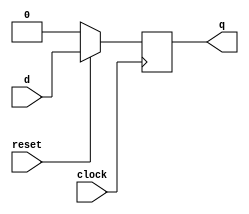
module dff_sync(q, d, clock, reset);

	input d, reset, clock;
	output q;
	reg q;

	always @ (posedge clock)
		begin
			if(!reset) q <= 1'b0;
			else q <= d;
		end

endmodule


module reg_32bit(q,d,clk,reset);
	input [31:0] d;
	input clk, reset;
	output [31:0] q;
	genvar j;
	
	generate for (j=0; j<32;j=j+1) begin: mux_loop

		dff_sync d1(q[j], d[j], clk, reset);

	end
	endgenerate
endmodule

/*
module tb32reg;
	reg [31:0] d;
	reg clk,reset;
	wire [31:0] q;
	
	reg_32bit R(q,d,clk,reset);
	always @(clk)
		#5 clk<=~clk;
		initial
			begin
				$monitor( $time, " d=%b, clk=%b, reset=%b, q=%b", d, clk, reset, q);
				clk= 1'b1;
				reset=1'b0;//reset the register
				#5 reset=1'b1;
				#5 d=32'hAFAFAFAF;
				#5 d=32'hFAFAFAFA;
				#10 d=32'hAFAFAFAF;
				#5 d=32'hFAFAFAFA;
				#50 $finish;
			end
endmodule
*/


module mux4_1(regData,q1,q2,q3,q4,reg_no);
	input q1, q2, q3, q4;
	input [1:0] reg_no;
	output regData;
	wire sel1, sel2, not_sel1, not_sel2, n1, n2, n3, n4, a1, a2, a3, a4, o1, o2;
	assign sel1 = reg_no[1];
	assign sel2 = reg_no[0];
	not (not_sel1, sel1);
	not (not_sel2, sel2);
	and (n1, not_sel1, not_sel2);
	and (n2, not_sel1, sel2);
	and (n3, sel1, not_sel2);
	and (n4, sel1, sel2);
	and (a1, n1, q1);
	and (a2, n2, q2);
	and (a3, n3, q3);
	and (a4, n4, q4);
	or (o1, a1, a2);
	or (o2, a3, a4);
	or (regData, o1, o2);
endmodule



module bit_32_mux4_1 (regData,q1,q2,q3,q4,reg_no);
	input [31:0] q1;
	input [31:0] q2;
	input [31:0] q3;
	input [31:0] q4;
	output [31:0] regData;
	input [1:0] reg_no;
	genvar j;
	
	generate for (j=0; j<32;j=j+1) begin: mux_loop

		mux4_1 m1(regData[j], q1[j], q2[j], q3[j], q4[j], reg_no);

	end
	endgenerate
endmodule

/*
module test;
	reg [31:0] q1;
	reg [31:0] q2;
	reg [31:0] q3;
	reg [31:0] q4;
	wire [31:0] out;
	reg [1:0] reg_no;
	
	bit_32_mux4_1 R(out,q1,q2,q3,q4,reg_no);
	
	initial
		begin
			$monitor (,$time, " q1=%b, q2=%b, q3=%b q4=%b, reg_no=%b, out=%b", q1, q2, q3, q4, reg_no, out);
			#0 q1=32'hFFFFFFFF;
			#0 q2=32'h00000000;
			#0 q3=32'h0F0F0F0F;
			#0 q4=32'hF0F0F0F0;
			#10 reg_no = 2'b00;
			#10 reg_no = 2'b01;
			#10 reg_no = 2'b10;
			#10 reg_no = 2'b11;
			#100 $finish;
		end
endmodule
*/


module decoder2_4 (register,reg_no);
	input [1:0] reg_no;
	output [3:0] register;
	wire n1, n2, r1, r2;
	assign r1 = reg_no[0];
	assign r2 = reg_no[1];
	not (n1, r1);
	not (n2, r2);
	and (register[0], n1, n2);
	and (register[1], r1, n2);
	and (register[2], n1, r2);
	and (register[3], r1, r2);
	
endmodule

/*
module testbench;
	wire [3:0] register;
	reg [1:0] reg_no;
	
	decoder2_4 d1 (register, reg_no);
	
	initial
		begin
			$monitor (,$time, " reg_no=%b, register=%b", reg_no, register);
			#0 reg_no = 2'b00;
			#10 reg_no = 2'b01;
			#10 reg_no = 2'b10;
			#10 reg_no = 2'b11;
			#10 $finish;
		end
endmodule
*/


module RegFile(clk,reset,ReadReg1,ReadReg2,WriteData,WriteReg,RegWrite,ReadData1,ReadData2);
	input clk, reset, RegWrite;
	input [1:0] ReadReg1;
	input [1:0] ReadReg2;
	input [31:0] WriteData;
	output [31:0] ReadData1;
	output [31:0] ReadData2;
	input [1:0] WriteReg;
	
	wire a1;
	wire [3:0] o1;
	wire [3:0] register;
	
	wire [3:0] CLK;
	genvar j;
	
	and (a1, clk, RegWrite);
	decoder2_4 d1(register, WriteReg);
	
	generate for (j=0; j<4;j=j+1) begin: mux_loop

		and (CLK[j], a1, register[j]);

	end
	endgenerate
	
	
	wire [31:0] r1;
	wire [31:0] r2;
	wire [31:0] r3;
	wire [31:0] r4;
	wire [31:0] d0;
	/*
	assign d0 = 32'h00000000;
	
	reg_32bit rr1(r1, d0, 1, reset);
	reg_32bit rr2(r2, d0, 1, reset);
	reg_32bit rr3(r3, d0, 1, reset);
	reg_32bit rr4(r4, d0, 1, reset);
	*/
	reg_32bit rr1(r1, WriteData, CLK[0], reset);
	reg_32bit rr2(r2, WriteData, CLK[1], reset);
	reg_32bit rr3(r3, WriteData, CLK[2], reset);
	reg_32bit rr4(r4, WriteData, CLK[3], reset);
	
	bit_32_mux4_1 m1(ReadData1,r1,r2,r3,r4,ReadReg1);
	bit_32_mux4_1 m2(ReadData2,r1,r2,r3,r4,ReadReg2);
	
endmodule



module tbRegFile;
	reg clk, reset, RegWrite;
	reg [1:0] ReadReg1, ReadReg2, WriteReg;
	reg [31:0] WriteData;
	wire [31:0] ReadData1, ReadData2;
	
	RegFile rf(clk,reset,ReadReg1,ReadReg2,WriteData,WriteReg,RegWrite,ReadData1,ReadData2);
	
	initial
		begin
			$monitor($time, ": Reset = %b, RegWrite = %b, ReadReg1 = %b, ReadReg2 = %b, WriteRegNo = %b, WriteData = %b, ReadData1 = %b, ReadData2 = %b.", reset, RegWrite, ReadReg1, ReadReg2, WriteReg, WriteData, ReadData1, ReadData2);
			#0 clk = 1'b1;
			#0 reset = 1'b1;
			#0 ReadReg1 = 2'b00;
			#0 ReadReg2 = 2'b01;
			#10 RegWrite = 1'b1;  WriteData = 32'hF0F0F0F0; WriteReg = 2'b00;
			#10 RegWrite = 1'b1;  WriteData = 32'h00000000; WriteReg = 2'b01;
			#10 RegWrite = 1'b1;  WriteData = 32'h0F0F0F0F; WriteReg = 2'b10;
			#10 RegWrite = 1'b1;  WriteData = 32'hFFFFFFFF; WriteReg = 2'b11;
			#10 RegWrite = 1'b0;
			#10 ReadReg1 = 2'b00; ReadReg2 = 2'b01;
			#10 ReadReg1 = 2'b10; ReadReg2 = 2'b11;
			#100 $finish;
		end
endmodule